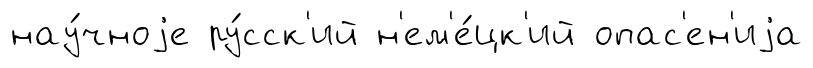
нау́чноjе ру́сск'ий н'ем'е́цк'ий опас'ен'иjа